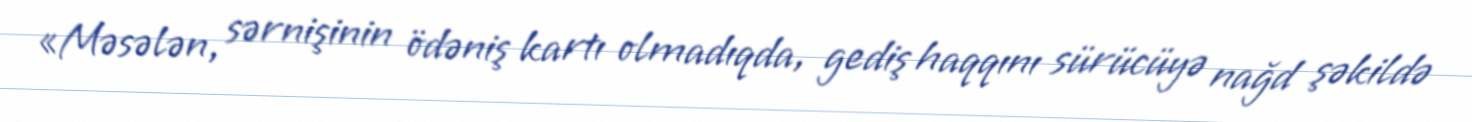
«Məsələn, sərnişinin ödəniş kartı olmadıqda, gediş haqqını sürücüyə nağd şəkildə